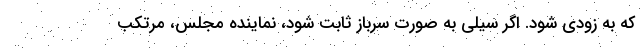
که به زودی شود. اگر سیلی به صورت سرباز ثابت شود، نماینده مجلس، مرتکب